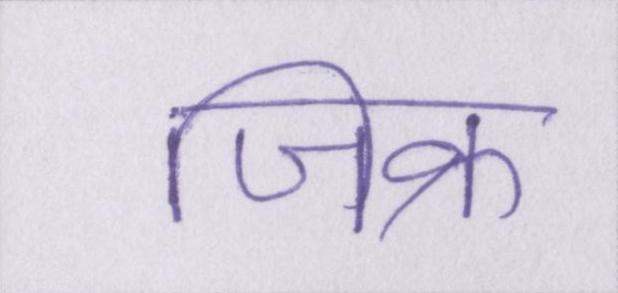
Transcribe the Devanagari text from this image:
जिक्र